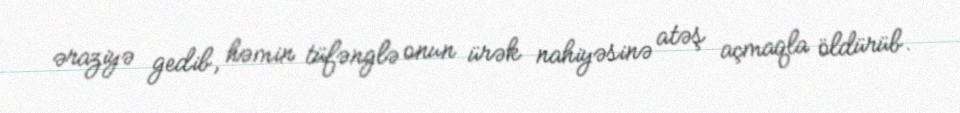
əraziyə gedib, həmin tüfənglə onun ürək nahiyəsinə atəş açmaqla öldürüb.